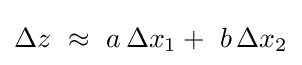
\Delta z\,\,\approx \,\,a\,\Delta x_{1}+\,\,b\,\Delta x_{2}